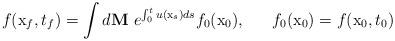
LaTeX: \begin{align*}f({\mathrm x}_f, t_f) = \int d {\bf M}\ e^{\int_0^t u({\mathrm x}_s)ds} f_0({\mathrm x}_0), ~~~~~f_0({\mathrm x}_0) = f({\mathrm x}_0, t_0) \end{align*}